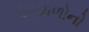
શિયાળોનો